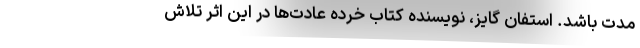
مدت باشد. استفان گایز، نویسنده کتاب خرده عادت‌ها در این اثر تلاش